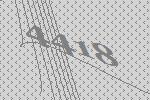
4418